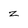
Character: z